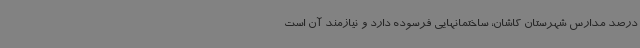
درصد مدارس شهرستان کاشان، ساختمانهایی فرسوده دارد و نیازمند آن است